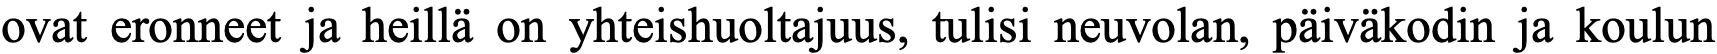
ovat eronneet ja heillä on yhteishuoltajuus, tulisi neuvolan, päiväkodin ja koulun